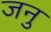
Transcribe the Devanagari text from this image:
जनु